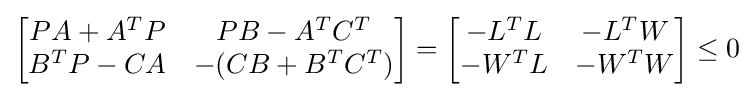
{\begin{bmatrix}PA+A^{T}P&PB-A^{T}C^{T}\\B^{T}P-CA&-(CB+B^{T}C^{T})\end{bmatrix}}={\begin{bmatrix}-L^{T}L&-L^{T}W\\-W^{T}L&-W^{T}W\end{bmatrix}}\leq 0